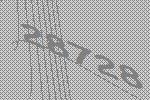
28728